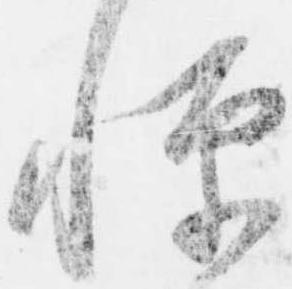
憚